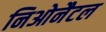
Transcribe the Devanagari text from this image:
निओनैटल